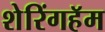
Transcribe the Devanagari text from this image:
शेरिंगहॅम